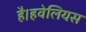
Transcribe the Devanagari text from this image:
है।हवेलियस